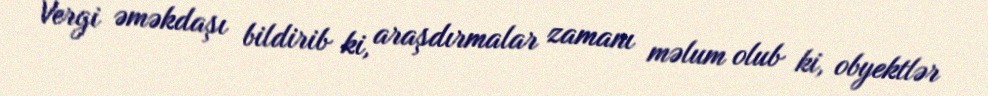
Vergi əməkdaşı bildirib ki, araşdırmalar zamanı məlum olub ki, obyektlər